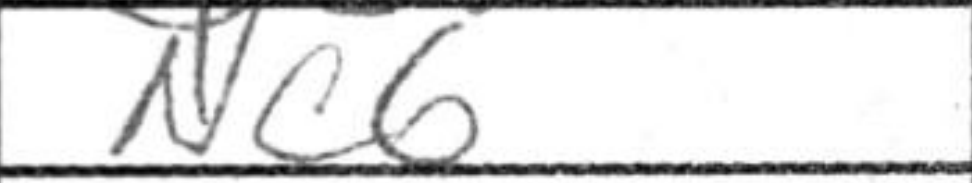
Transcription: Nc6